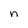
Character: n